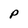
Character: P